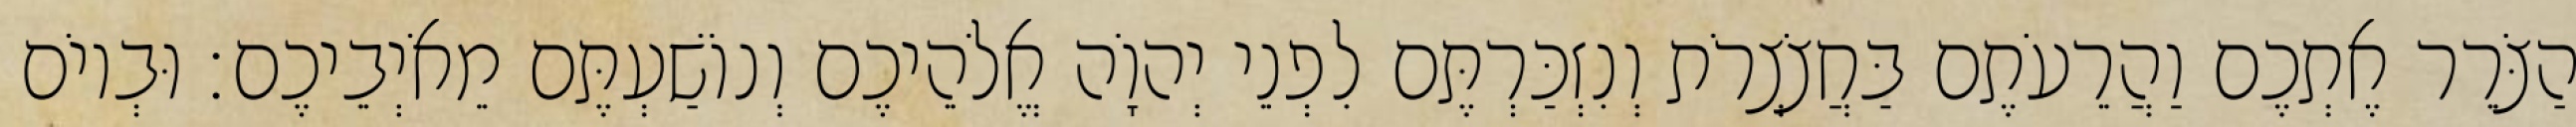
הַצֹּרֵר אֶתְכֶם וַהֲרֵעֹתֶם בַּחֲצֹצְרֹת וְנִזְכַּרְתֶּם לִפְנֵי יְהוָֹה אֱלֹהֵיכֶם וְנוֹשַׁעְתֶּם מֵאֹיְבֵיכֶם׃ וּבְיוֹם